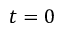
t = 0